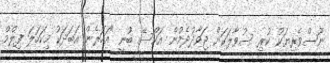
ނޫސްވެރިޔަކު ކުރި ސުވާލަކަށް ޖަވާދުދެމުން އަކްސޭ ބުނީ "އަހަރެން އަބަދަކު މިކަހަލަ ފިލްމް